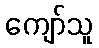
ကျော်သူ